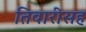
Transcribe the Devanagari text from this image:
तिवारीसह